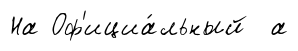
На Оф'ициа́льный а